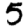
Digit: 5